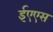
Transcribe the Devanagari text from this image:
ईएएस